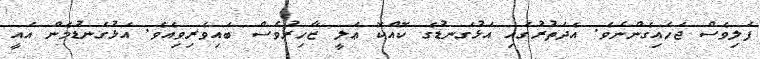
ފަލިވެސް ޖަހައިގެންނެވެ. އެދަތުރުގައި އަޅުގަނޑުގެ ކޮއްކޮ ޢަލީ ޒާހިރުވެސް ބައިވެރިވިއެވެ. އަޅުގަނޑުމެން އައީ